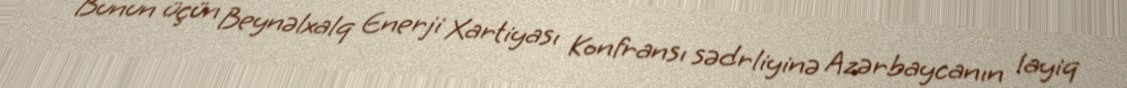
Bunun üçün Beynəlxalq Enerji Xartiyası Konfransı sədrliyinə Azərbaycanın layiq